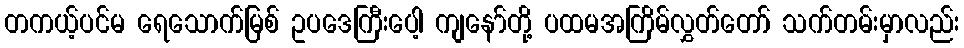
တကယ့်ပင်မ ရေသောက်မြစ် ဥပဒေကြီးပေါ့ ကျနော်တို့ ပထမအကြိမ်လွှတ်တော် သက်တမ်းမှာလည်း